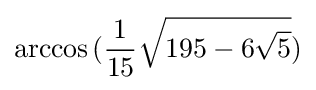
\arccos {({\frac {1}{15}}{\sqrt {195-6{\sqrt {5}}}})}